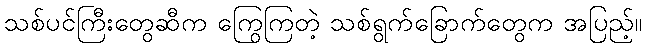
သစ်ပင်ကြီးတွေဆီက ကြွေကြတဲ့ သစ်ရွက်ခြောက်တွေက အပြည့်။